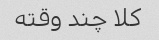
کلا چند وقته